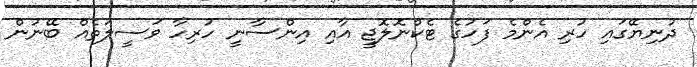
ދުނިޔޭގައި ހުރި އެންމެ ފަހުގެ ޓެކްނޮލޮޖީ އާއި އިންސާނީ ހުރިހާ ވަސީލަތެއް ބޭނުން